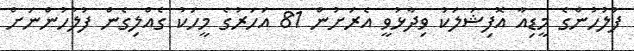
ފުުލުހުންގެ މީޑިއާ އޮފިޝަލަކު ވިދާޅުވީ އެރަށުން 81 އަހަރުގެ މީހަކު ގެއްލިގެން ފުލުހުންނަށް